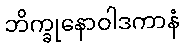
ဘိက္ခုနောဝါဒကာနံ